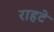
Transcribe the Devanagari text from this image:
राहटे